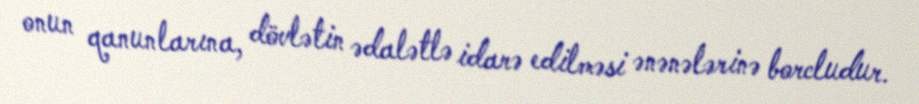
onun qanunlarına, dövlətin ədalətlə idarə edilməsi ənənələrinə borcludur.